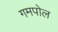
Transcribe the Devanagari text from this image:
गमपोल